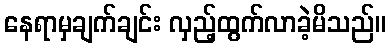
နေရာမှချက်ချင်း လှည့်ထွက်လာခဲ့မိသည်။